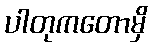
ပါတုကတောမှိ